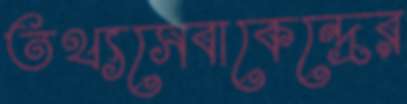
তথ্যসেবাকেন্দ্রের